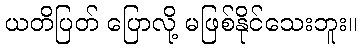
ယတိပြတ် ပြောလို့ မဖြစ်နိုင်သေးဘူး။